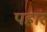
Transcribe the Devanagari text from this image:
पहांर